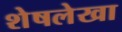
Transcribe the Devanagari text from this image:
शेषलेखा